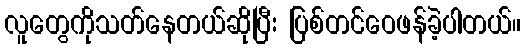
လူတွေကိုသတ်နေတယ်ဆိုပြီး ပြစ်တင်ဝေဖန်ခဲ့ပါတယ်။